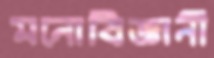
মনোবিজ্ঞানী